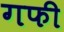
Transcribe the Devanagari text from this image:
गफी